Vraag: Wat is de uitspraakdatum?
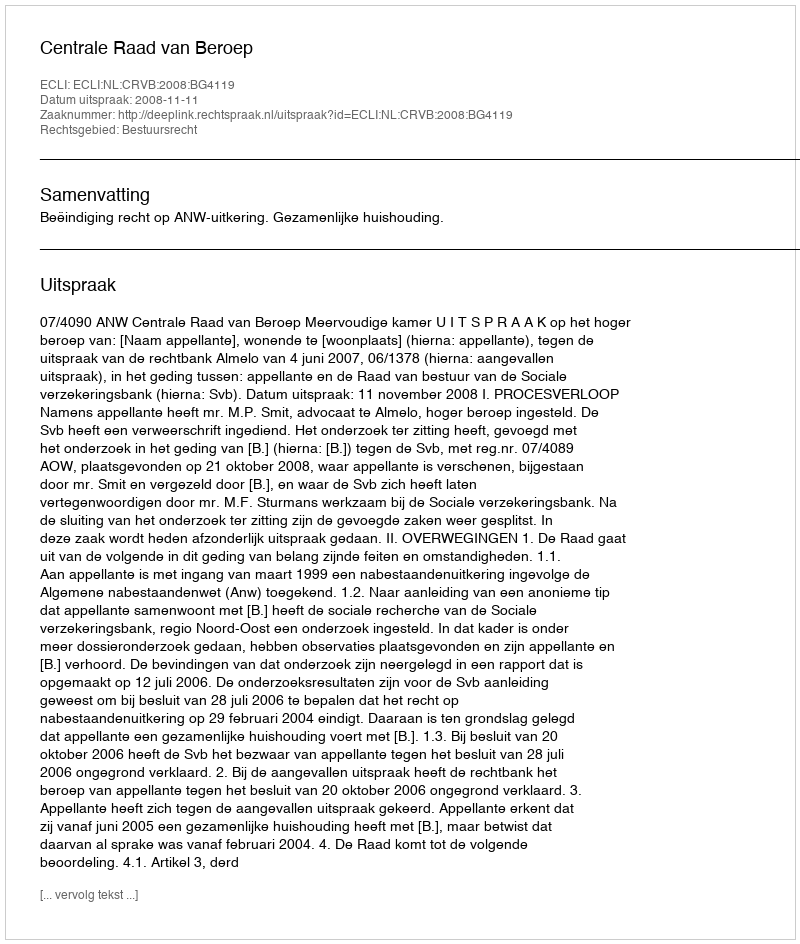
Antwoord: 2008-11-11